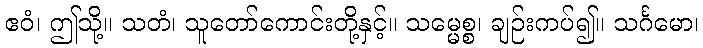
ဧဝံ၊ ဤသို့။ သတံ၊ သူတော်ကောင်းတို့နှင့်။ သမ္မေစ္စ၊ ချဉ်းကပ်၍။ သင်္ဂမော၊